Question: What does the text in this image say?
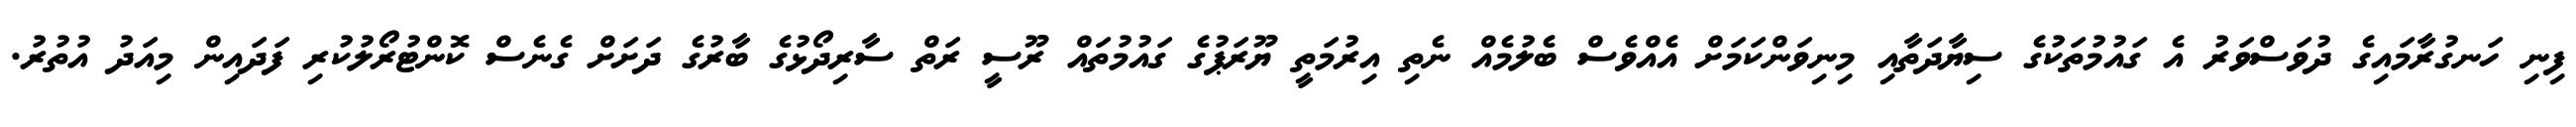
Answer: ފިނި ހަނގުރާމައިގެ ދުވަސްވަރު އެ ގައުމުތަކުގެ ސިޔާދަތާއި މިނިވަންކަމަށް އެއްވެސް ބެލުމެއް ނެތި އިރުމަތީ ޔޫރަޕުގެ ގައުމުތައް ރޫސީ ރަތް ސާރިދޯޅުގެ ބާރުގެ ދަށަށް ގެނެސް ކޮންޓުރޯލުކުރި ފަދައިން މިއަދު އުތުރު.